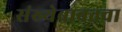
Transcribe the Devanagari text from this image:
संख्येबाबतचा